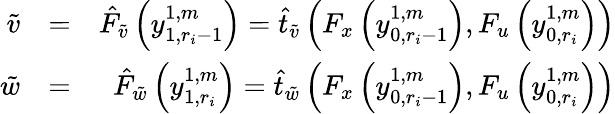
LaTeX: \begin{array}{rlr}{\tilde{v}}&{=}&{\hat{F}_{\tilde{v}}\left(y_{1,r_{i}-1}^{1,m}\right)=\hat{t}_{\tilde{v}}\left(F_{x}\left(y_{0,r_{i}-1}^{1,m}\right),F_{u}\left(y_{0,r_{i}}^{1,m}\right)\right)}\\ {\tilde{w}}&{=}&{\hat{F}_{\tilde{w}}\left(y_{1,r_{i}}^{1,m}\right)=\hat{t}_{\tilde{w}}\left(F_{x}\left(y_{0,r_{i}-1}^{1,m}\right),F_{u}\left(y_{0,r_{i}}^{1,m}\right)\right)}\end{array}